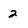
Character: 2